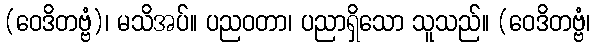
(ဝေဒိတဗ္ဗံ)၊ မသိအပ်။ ပညဝတာ၊ ပညာရှိသော သူသည်။ (ဝေဒိတဗ္ဗံ၊